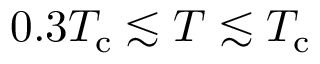
0 . 3 T _ { \mathrm { c } } \lesssim T \lesssim T _ { \mathrm { c } }